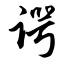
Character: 谔